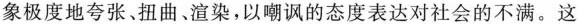
象极度地夸张、扭曲、渲染。以嘲讽的态度表达对社会的不满。这